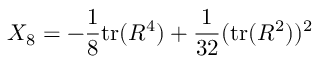
X _ { 8 } = - \frac { 1 } { 8 } \mathrm { t r } ( R ^ { 4 } ) + \frac { 1 } { 3 2 } ( \mathrm { t r } ( R ^ { 2 } ) ) ^ { 2 }